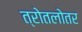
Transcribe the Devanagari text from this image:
त्रोतलोतर